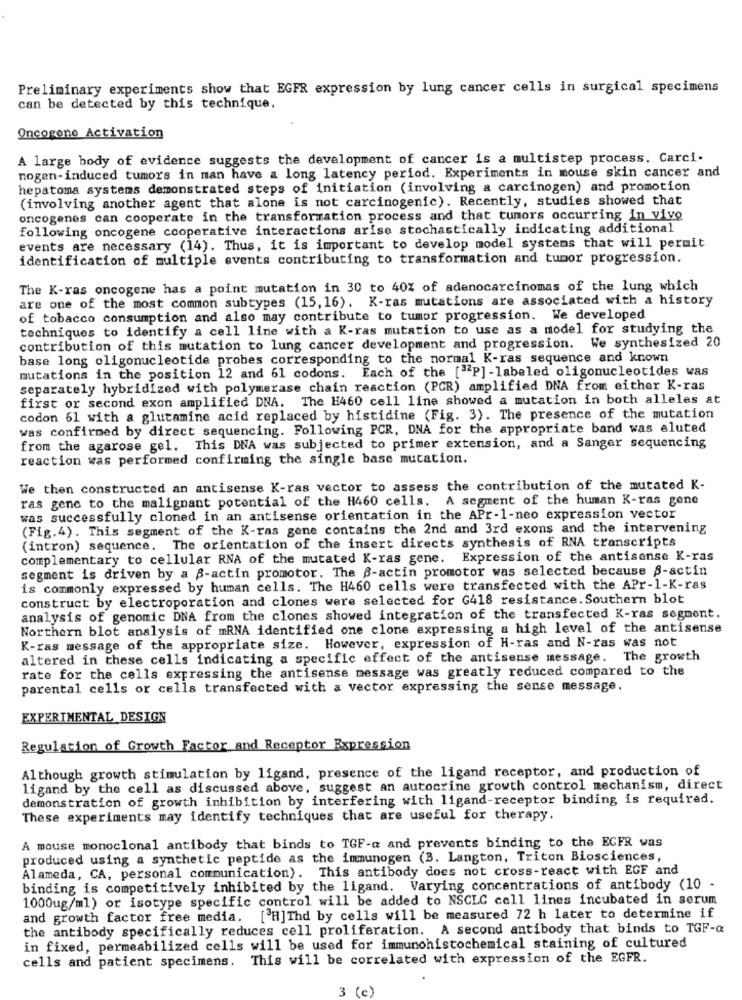
Preliminary experiments show that EGFR expression by lung cancer cells in surgical specimens
can be detected by this technique.
Oncogene Activation
A large body of evidence suggests the development of cancer is a multistep process. Carci-
nogen-induced tumors in man have a long latency period. Experiments in mouse skin cancer and
hepatoma systems demonstrated steps of initiation (involving a carcinogen) and promotion
(involving another agent that alone is not carcinogenic). Recently, studies showed that
oncogenes can cooperate in the transformation process and that tumors occurring in vivo
following oncogene cooperative interactions arise stochastically indicating additional
events are necessary (14). Thus, it is important to develop model systems that will permit
identification of multiple events contributing to transformation and tumor progression.
The K-ras oncogene has a point mutation in 30 to 40% of adenocarcinomas of the lung which
are one of the most common subtypes (15, 16). K-ras mutations are associated with a history
of tobacco consumption and also may contribute to tumor progression. We developed
techniques to identify a cell line with a K-ras mutation to use as a model for studying the
contribution of this mutation to lung cancer development and progression. We synthesized 20
base long oligonucleotide probes corresponding to the normal K-ras sequence and known
mutations in the position 12 and 61 codons. Each of the ["2P] -labeled oligonucleotides was
separately hybridized with polymerase chain reaction (PCR) amplified DNA from either K-ras
first or second exon amplified DNA. The H460 cell line showed a mutation in both alleles at
codon 61 with a glutamine acid replaced by histidine (Fig. 3). The presence of the mutation
was confirmed by direct sequencing. Following PCR, DNA for the appropriate band was eluted
from the agarose gel. This DNA was subjected to primer extension, and a Sanger sequencing
reaction was performed confirming the single base mutation.
We then constructed an antisense K-ras vector to assess the contribution of the mutated K-
ras genc to the malignant potential of the H460 cells. A segment of the human K-ras gene
was successfully cloned in an antisense orientation in the APr-1-neo expression vector
(Fig.4). This segment of the K-ras gene contains the 2nd and 3rd exons and the intervening
(intron) sequence. The orientation of the insert directs synthesis of RNA transcripts
complementary to cellular RNA of the mutated K-ras gene. Expression of the antisense K-ras
segment is driven by a B-actin promotor. The B-actin promotor was selected because 8-actin
is commonly expressed by human cells. The H460 cells were transfected with the APr-1-K-ras
construct by electroporation and clones were selected for G418 resistance. Southern blot
analysis of genomic DNA from the clones showed integration of the transfected K-ras segment.
Northern blot analysis of mRNA identified one clone expressing a high level of the antisense
K-ras message of the appropriate size. However, expression of H-ras and N-ras was not
altered in these cells indicating a specific effect of the antisense message. The growth
rate for the cells expressing the antisense message was greatly reduced compared to the
parental cells or cells transfected with a vector expressing the sense message.
EXPERIMENTAL DESIGN
Regulation of Growth Factor and Receptor Expression
Although growth stimulation by ligand, presence of the ligand receptor, and production of
ligand by the cell as discussed above, suggest an autocrine growth control mechanism, direct
demonstration of growth inhibition by interfering with ligand-receptor binding is required.
These experiments may identify techniques that are useful for therapy.
A mouse monoclonal antibody that binds to TGF-a and prevents binding to the EGFR was
produced using a synthetic peptide as the immunogen (B. Langton, Triton Biosciences,
Alameda, CA, personal communication). This antibody does not cross-react with EGF and
binding is competitively inhibited by the ligand. Varying concentrations of antibody (10 -
1000ug/ml) or isotype specific control will be added to NSCLC cell lines incubated in serum
and growth factor free media.
[H]Thd by cells will be measured 72 h later to determine if
the antibody specifically reduces cell proliferation. A second antibody that binds to TGF-Q
in fixed, permeabilized cells will be used for immunohistochemical staining of cultured
cells and patient specimens. This will be correlated with expression of the EGFR.
3
(c)